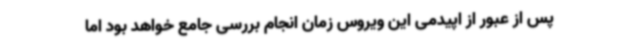
پس از عبور از اپیدمی این ویروس زمان انجام بررسی جامع خواهد بود اما